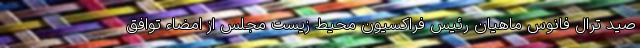
صید ترال فانوس ماهیان رئیس فراکسیون محیط زیست مجلس از امضاء توافق